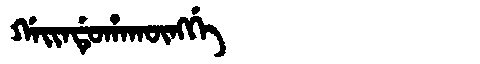
Manchu: ᡤᠠᡳᠨᡩᡠᡥᠠᡴᡡᠩᡤᡝ
Romanization: GAINDUHAKŪNGGE